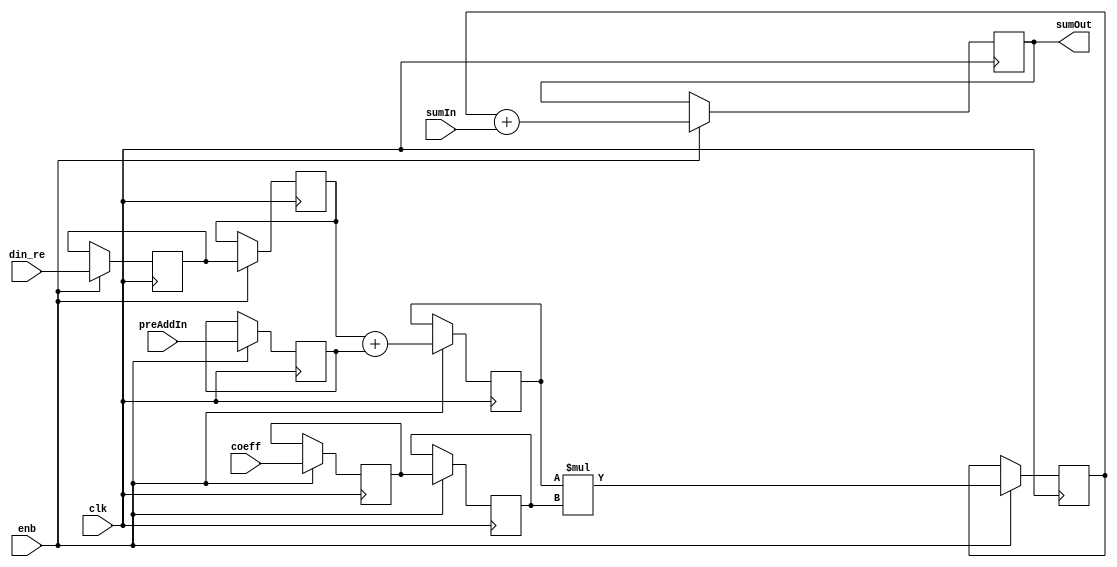
// -------------------------------------------------------------
// 
// 
// Generated by MATLAB 9.13 and HDL Coder 4.0
// 
// -------------------------------------------------------------


// -------------------------------------------------------------
// 
// Module: FilterTapSystolicPreAdd_block
// Source Path: DUCforLTEHDL/HDL_DUC/Lowpass Interpolator/DUCforLTEHDL/HDL_DUC/Lowpass Interpolator/FIRFilter1/FilterTapSystolicPreAdd
// Hierarchy Level: 3
// 
// -------------------------------------------------------------

`timescale 1 ns / 1 ns

module FilterTapSystolicPreAdd_block
          (clk,
           enb,
           din_re,
           preAddIn,
           coeff,
           sumIn,
           sumOut);


  input   clk;
  input   enb;
  input   signed [15:0] din_re;  // sfix16_En15
  input   signed [15:0] preAddIn;  // sfix16_En15
  input   signed [15:0] coeff;  // sfix16_En15
  input   signed [32:0] sumIn;  // sfix33_En30
  output  signed [32:0] sumOut;  // sfix33_En30


  reg signed [15:0] fTap_din1_reg1;  // sfix16
  reg signed [15:0] fTap_din1_reg2;  // sfix16
  reg signed [15:0] fTap_din2_reg1;  // sfix16
  reg signed [16:0] fTap_preAdd_reg;  // sfix17
  reg signed [32:0] fTap_mult_reg;  // sfix33
  reg signed [32:0] fTap_addout_reg;  // sfix33
  reg signed [15:0] fTap_coef_reg1;  // sfix16
  reg signed [15:0] fTap_coef_reg2;  // sfix16
  wire signed [16:0] fTap_preAdd_reg_next;  // sfix17_En15
  wire signed [32:0] fTap_mult_reg_next;  // sfix33_En30
  wire signed [32:0] fTap_addout_reg_next;  // sfix33_En30
  wire signed [16:0] fTap_add_cast;  // sfix17_En15
  wire signed [16:0] fTap_add_cast_1;  // sfix17_En15

  initial begin
    fTap_din1_reg1 = 16'sb0000000000000000;
    fTap_din1_reg2 = 16'sb0000000000000000;
    fTap_din2_reg1 = 16'sb0000000000000000;
    fTap_preAdd_reg = 17'sb00000000000000000;
    fTap_coef_reg1 = 16'sb0000000000000000;
    fTap_coef_reg2 = 16'sb0000000000000000;
    fTap_mult_reg = 33'sh000000000;
    fTap_addout_reg = 33'sh000000000;
  end

  // FilterTapSystolicPreAddS
  always @(posedge clk)
    begin : fTap_process
      if (enb) begin
        fTap_preAdd_reg <= fTap_preAdd_reg_next;
        fTap_mult_reg <= fTap_mult_reg_next;
        fTap_addout_reg <= fTap_addout_reg_next;
        fTap_din1_reg2 <= fTap_din1_reg1;
        fTap_din1_reg1 <= din_re;
        fTap_din2_reg1 <= preAddIn;
        fTap_coef_reg2 <= fTap_coef_reg1;
        fTap_coef_reg1 <= coeff;
      end
    end

  assign sumOut = fTap_addout_reg;
  assign fTap_addout_reg_next = fTap_mult_reg + sumIn;
  assign fTap_mult_reg_next = fTap_preAdd_reg * fTap_coef_reg2;
  assign fTap_add_cast = {fTap_din1_reg2[15], fTap_din1_reg2};
  assign fTap_add_cast_1 = {fTap_din2_reg1[15], fTap_din2_reg1};
  assign fTap_preAdd_reg_next = fTap_add_cast + fTap_add_cast_1;



endmodule  // FilterTapSystolicPreAdd_block